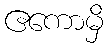
ဧကောမှိ